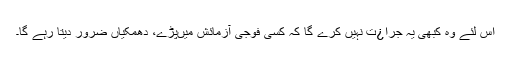
اس لئے وہ کبھی یہ جرا¿ت نہیں کرے گا کہ کسی فوجی آزمائش میںپڑے، دھمکیاں ضرور دیتا رہے گا۔